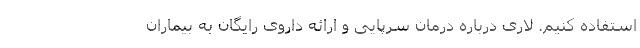
استفاده کنیم. لاری درباره درمان سرپایی و ارائه داروی رایگان به بیماران